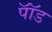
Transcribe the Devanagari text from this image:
पाॅॅड